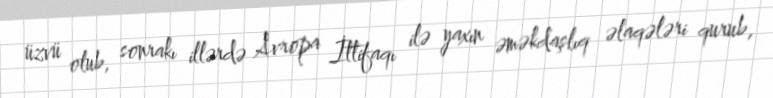
üzvü olub, sonrakı illərdə Avropa İttifaqı ilə yaxın əməkdaşlıq əlaqələri qurub,